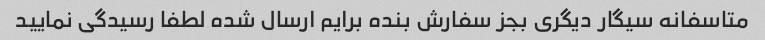
متاسفانه سیگار دیگری بجز سفارش بنده برایم ارسال شده لطفا رسیدگی نمایید